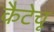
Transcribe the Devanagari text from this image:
कैटेचू